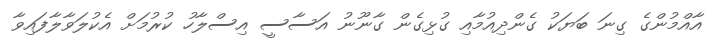
އާއްމުންގެ ގިނަ ބަޔަކު ގެންދިއުމާއި ގުޅިގެން ގާނޫނު އަސާސީ އިސްލާހު ކުރުމަށް އެކުލަވާލާފައިވާ